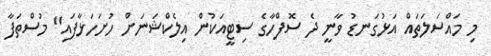
މި މައްސަލަތައް އަޅުގަނޑު ވާނީ ދެ ސޮފްހާގެ ސިޓީއަކުން އިލެކްޝަނަށް ހުށަހަޅާފައި" މުސްތަފާ